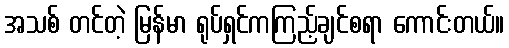
အသစ် တင်တဲ့ မြန်မာ ရုပ်ရှင်ကကြည့်ချင်စရာ ကောင်းတယ်။